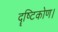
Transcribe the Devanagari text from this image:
दॄष्‍टिकोण।